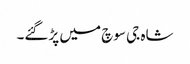
شاہ جی سوچ میں پڑگئے۔